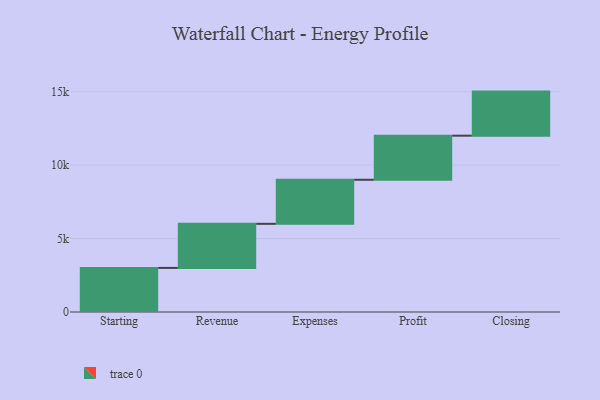
{"axis": {"x": "Step", "y": "Value"}, "legend": [""], "data": [{"x": "Starting", "y": 3000, "type": ""}, {"x": "Revenue", "y": 3000, "type": ""}, {"x": "Expenses", "y": 3000, "type": ""}, {"x": "Profit", "y": 3000, "type": ""}, {"x": "Closing", "y": 3000, "type": ""}]}